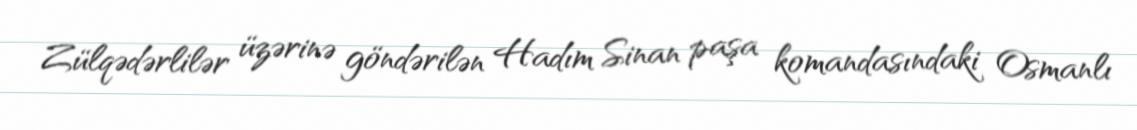
Zülqədərlilər üzərinə göndərilən Hadım Sinan paşa komandasındaki Osmanlı